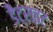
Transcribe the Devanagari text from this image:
डैट्राइट